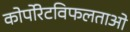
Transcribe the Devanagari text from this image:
कोर्पोरेटविफलताओ